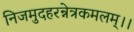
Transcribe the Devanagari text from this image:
निजमुदहरन्नेत्रकमलम्।।